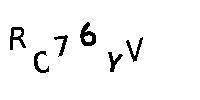
RC76YV